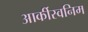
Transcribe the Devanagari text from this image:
आर्कीस्वनिम